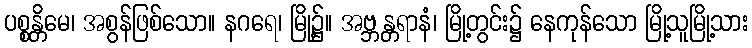
ပစ္စန္တိမေ၊ အစွန်ဖြစ်သော။ နဂရေ၊ မြို့၌။ အဗ္ဘန္တရာနံ၊ မြို့တွင်း၌ နေကုန်သော မြို့သူမြို့သား